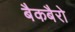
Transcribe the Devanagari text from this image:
बैकबैरो